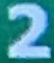
2